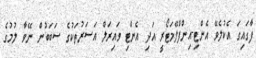
ފާގައިގަ އެކުލެވޭ އެންޓި-އިންފްލޭމަޓޯރީ އަދި އެންޓި ވައިރަލް އަސަރުތަކުގެ ސަބަބުން ނޭވާ ލުމުގެ